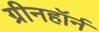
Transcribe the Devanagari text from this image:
ग्रीनहॉर्न